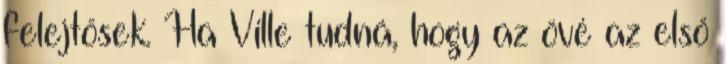
felejtősek. Ha Ville tudná, hogy az övé az első